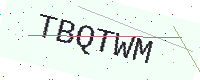
Text: TBQTWM